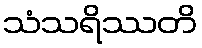
သံသရိဿတိ